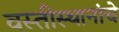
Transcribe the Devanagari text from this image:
वस्तीस्थानांचे